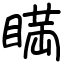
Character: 𥈞